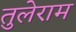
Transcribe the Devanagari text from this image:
तुलेराम